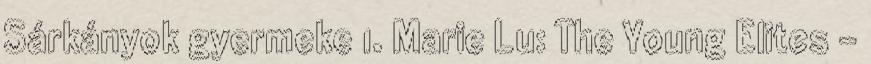
Sárkányok gyermeke 1. Marie Lu: The Young Elites -